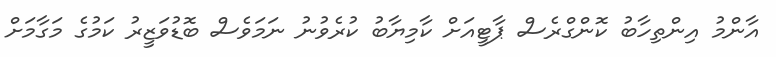
އާންމު އިންތިހާބު ކޮންގްރެސް ޕާޓީއަށް ކާމިޔާބު ކުރެވުނު ނަމަވެސް ބޮޑުވަޒީރު ކަމުގެ މަގާމަށް